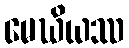
မေဃိယဿ